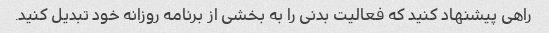
راهی پیشنهاد کنید که فعالیت بدنی را به بخشی از برنامه روزانه خود تبدیل کنید.